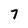
Character: 7